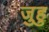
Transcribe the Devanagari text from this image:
जुहु